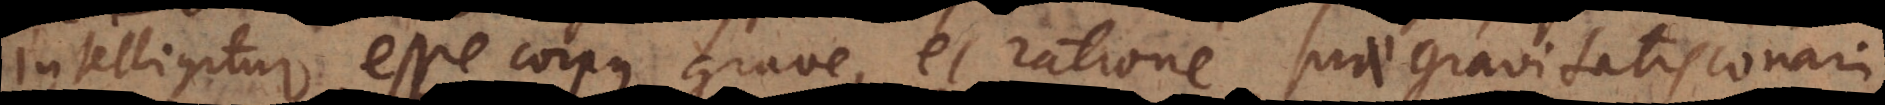
intelligitur esse corpus grave, et ratione suae gravitatis conari